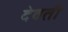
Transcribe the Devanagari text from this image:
देवती